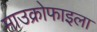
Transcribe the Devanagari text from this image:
माउक्रोफाइला